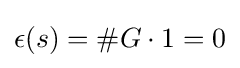
\epsilon (s)=\#G\cdot 1=0